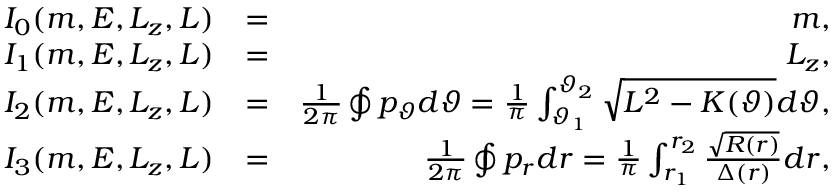
\begin{array} { r l r } { I _ { 0 } ( m , E , L _ { z } , L ) } & { = } & { m , } \\ { I _ { 1 } ( m , E , L _ { z } , L ) } & { = } & { L _ { z } , } \\ { I _ { 2 } ( m , E , L _ { z } , L ) } & { = } & { \frac { 1 } { 2 \pi } \oint p _ { \vartheta } d \vartheta = \frac { 1 } { \pi } \int _ { \vartheta _ { 1 } } ^ { \vartheta _ { 2 } } \sqrt { L ^ { 2 } - K ( \vartheta ) } d \vartheta , } \\ { I _ { 3 } ( m , E , L _ { z } , L ) } & { = } & { \frac { 1 } { 2 \pi } \oint p _ { r } d r = \frac { 1 } { \pi } \int _ { r _ { 1 } } ^ { r _ { 2 } } \frac { \sqrt { R ( r ) } } { \Delta ( r ) } d r , } \end{array}